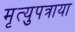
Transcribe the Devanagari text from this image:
मृत्युपत्राया